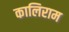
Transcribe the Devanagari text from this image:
कालिराम